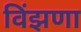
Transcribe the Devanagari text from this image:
विंझणा